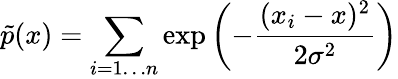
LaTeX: \tilde{p}(x)=\sum_{i=1\ldots n}\exp{\left(-\frac{(x_{i}-x)^{2}}{2\sigma^{2}}\right)}